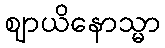
ဈာယိနောသ္မာ